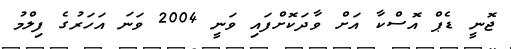
ޖޮނީ ޑެޕް އޮސްކާ އަށް ވާދަކޮށްފައި ވަނީ 2004 ވަނަ އަހަރުގެ ފިލްމު